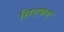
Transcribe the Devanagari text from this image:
सिएफए